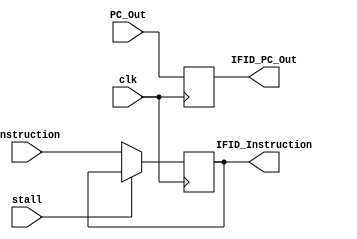
`timescale 1ns / 1ps
//////////////////////////////////////////////////////////////////////////////////
// Company: 
// Engineer: 
// 
// Design Name: 
// Module Name: IF-ID
// Project Name: 
// Target Devices: 
// Tool Versions: 
// Description: 
// 
// Dependencies: 
// 
// Revision:
// Revision 0.01 - File Created
// Additional Comments:
// 
//////////////////////////////////////////////////////////////////////////////////


module IF_ID(
    input clk,
    input stall,
    input [63:0] PC_Out,
    input [31:0] Instruction,
    output reg [63:0] IFID_PC_Out,
    output reg [31:0] IFID_Instruction
    );
always @ (posedge clk) begin
 if (stall == 1'b1) begin
        IFID_PC_Out = IFID_PC_Out; IFID_Instruction = IFID_Instruction;
    end
    else
        IFID_Instruction = Instruction; 
        IFID_PC_Out = PC_Out;
    end
endmodule